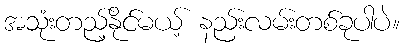
အသုံးတည့်နိုင်မယ့် နည်းလမ်းတစ်ခုပါပဲ။